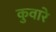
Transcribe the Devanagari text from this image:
कुवारे